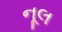
નૂલ